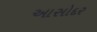
આસોદર